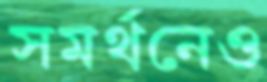
সমর্থনেও